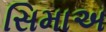
સિમાઅ